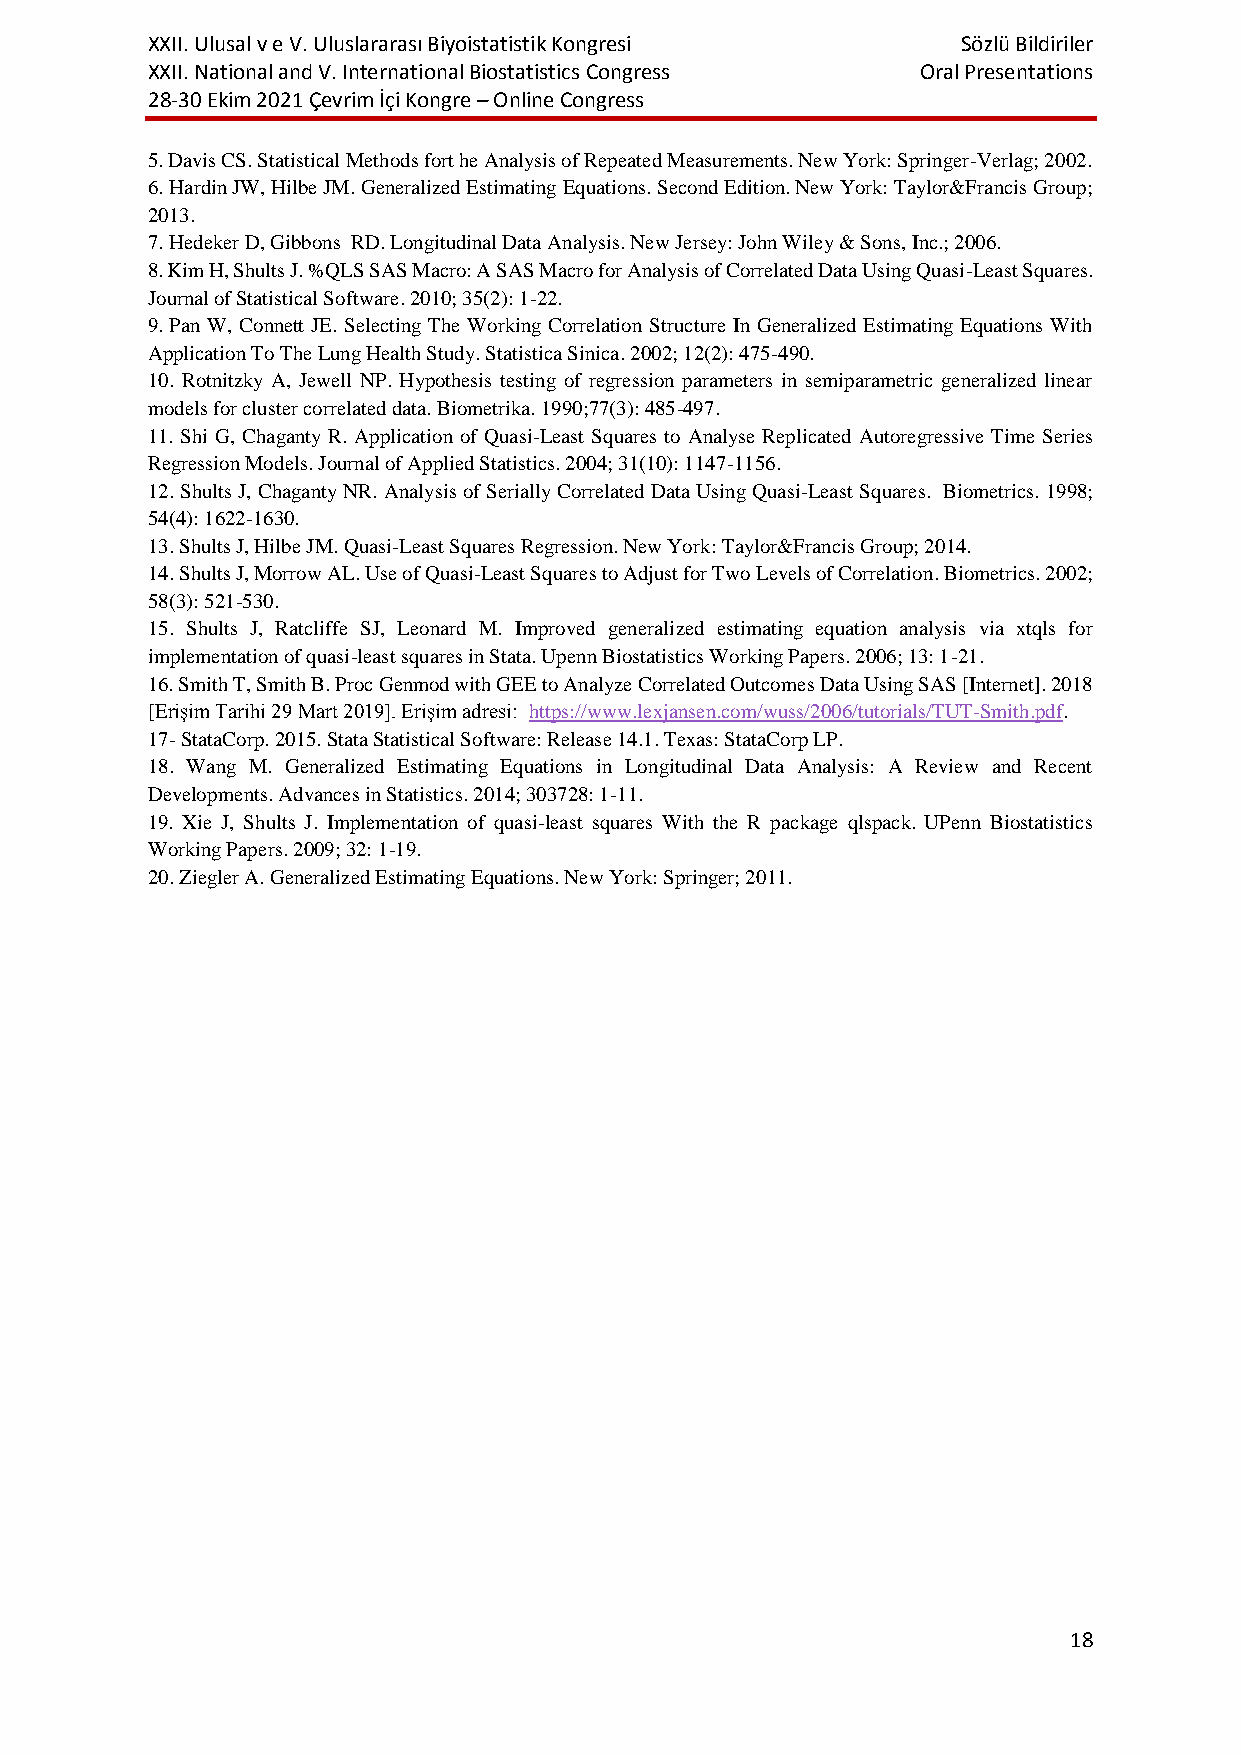
XXII. Ulusal v e V. Uluslararası Biyoistatistik Kongresi Sözlü Bildiriler
 XXII. National and V. International Biostatistics Congress Oral Presentations
 28-30 Ekim 2021 Çevrim İçi Kongre – Online Congress
 5. Davis CS. Statistical Methods fort he Analysis of Repeated Measurements. New York: Springer-Verlag; 2002.
 6. Hardin JW, Hilbe JM. Generalized Estimating Equations. Second Edition. New York: Taylor&Francis Group;
 2013.
 7. Hedeker D, Gibbons RD. Longitudinal Data Analysis. New Jersey: John Wiley & Sons, Inc.; 2006.
 8. Kim H, Shults J. %QLS SAS Macro: A SAS Macro for Analysis of Correlated Data Using Quasi-Least Squares.
 Journal of Statistical Software. 2010; 35(2): 1-22.
 9. Pan W, Connett JE. Selecting The Working Correlation Structure In Generalized Estimating Equations With
 Application To The Lung Health Study. Statistica Sinica. 2002; 12(2): 475-490.
 10. Rotnitzky A, Jewell NP. Hypothesis testing of regression parameters in semiparametric generalized linear
 models for cluster correlated data. Biometrika. 1990;77(3): 485-497.
 11. Shi G, Chaganty R. Application of Quasi-Least Squares to Analyse Replicated Autoregressive Time Series
 Regression Models. Journal of Applied Statistics. 2004; 31(10): 1147-1156.
 12. Shults J, Chaganty NR. Analysis of Serially Correlated Data Using Quasi-Least Squares. Biometrics. 1998;
 54(4): 1622-1630.
 13. Shults J, Hilbe JM. Quasi-Least Squares Regression. New York: Taylor&Francis Group; 2014.
 14. Shults J, Morrow AL. Use of Quasi-Least Squares to Adjust for Two Levels of Correlation. Biometrics. 2002;
 58(3): 521-530.
 15. Shults J, Ratcliffe SJ, Leonard M. Improved generalized estimating equation analysis via xtqls for
 implementation of quasi-least squares in Stata. Upenn Biostatistics Working Papers. 2006; 13: 1-21.
 16. Smith T, Smith B. Proc Genmod with GEE to Analyze Correlated Outcomes Data Using SAS [Internet]. 2018
 [Erişim Tarihi 29 Mart 2019]. Erişim adresi: https://www.lexjansen.com/wuss/2006/tutorials/TUT-Smith.pdf.
 17- StataCorp. 2015. Stata Statistical Software: Release 14.1. Texas: StataCorp LP.
 18. Wang M. Generalized Estimating Equations in Longitudinal Data Analysis: A Review and Recent
 Developments. Advances in Statistics. 2014; 303728: 1-11.
 19. Xie J, Shults J. Implementation of quasi-least squares With the R package qlspack. UPenn Biostatistics
 Working Papers. 2009; 32: 1-19.
 20. Ziegler A. Generalized Estimating Equations. New York: Springer; 2011.
 18